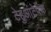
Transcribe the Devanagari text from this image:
टेहुआंटेपेक